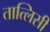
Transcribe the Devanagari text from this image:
तात्लिसी